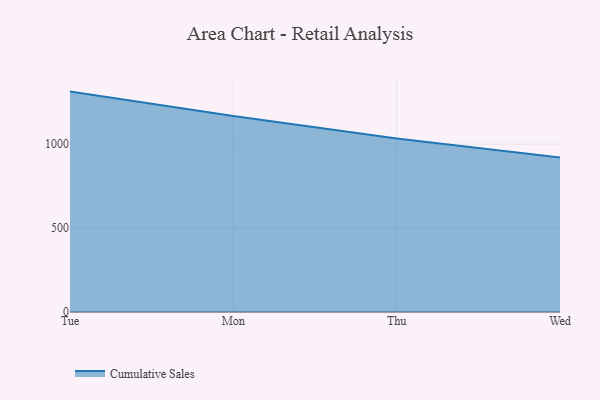
{"axis": {"x": "Day", "y": "Backlog"}, "legend": ["Cumulative Sales"], "data": [{"x": "Tue", "y": 1312.9, "type": "Cumulative Sales"}, {"x": "Mon", "y": 1167.9, "type": "Cumulative Sales"}, {"x": "Thu", "y": 1034.1, "type": "Cumulative Sales"}, {"x": "Wed", "y": 920.9, "type": "Cumulative Sales"}]}